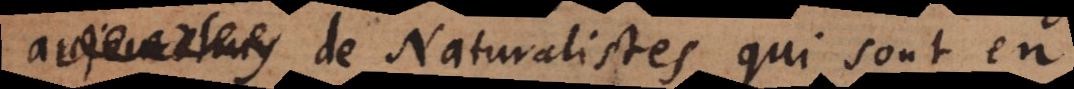
de Naturalistes qui sont en